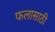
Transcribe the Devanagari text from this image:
फलासाठी